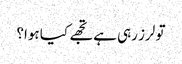
تو لرز رہی ہے تجھے کیا ہوا؟